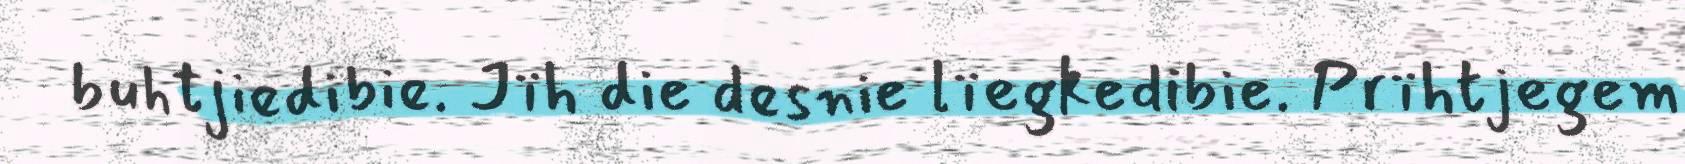
buhtjiedibie. Jïh die desnie lïegkedibie. Prïhtjegem